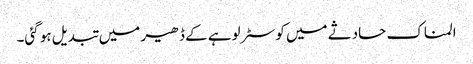
المناک حادثے میں کوسٹر لوہے کے ڈھیر میں تبدیل ہو گئی۔